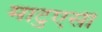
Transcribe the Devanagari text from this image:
माटुएसी